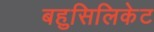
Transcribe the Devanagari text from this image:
बहुसिलिकेट